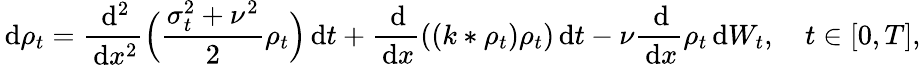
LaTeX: \, \mathrm{d}\rho_{t}=\frac{\, \mathrm{d}^{2}}{\, \mathrm{d}x^{2}}\Big(\frac{\sigma_{t}^{2}+\nu^{2}}{2}\rho_{t}\Big)\, \mathrm{d}t+\frac{\, \mathrm{d}}{\, \mathrm{d}x}((k*\rho_{t})\rho_{t})\, \mathrm{d}t-\nu\frac{\, \mathrm{d}}{\, \mathrm{d}x}\rho_{t}\, \mathrm{d}W_{t},\quad t\in[0,T],